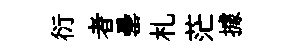
衍者罍札茫據